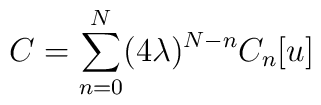
C = \sum_{n=0}^{N} (4\lambda)^{N-n} C_{n}[u]